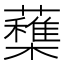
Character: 𣟶